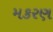
મકરણ